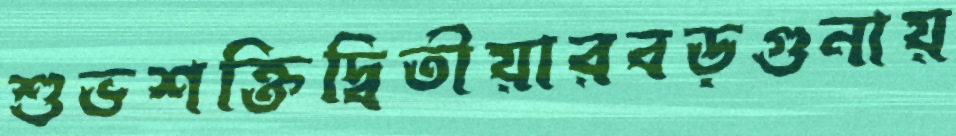
শুভশক্তিদ্বিতীয়ারবড়গুনায়